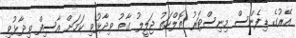
އޭރުގެ ޑިފެންސް މިނިސްޓަރު ތޮލްހަތު ޖަލީލު ގާތު ވިދާޅުވި ކަމަށް އާސިފް ވިދާޅުވި